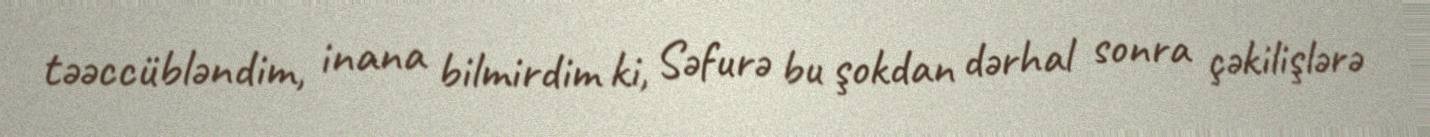
təəccübləndim, inana bilmirdim ki, Səfurə bu şokdan dərhal sonra çəkilişlərə